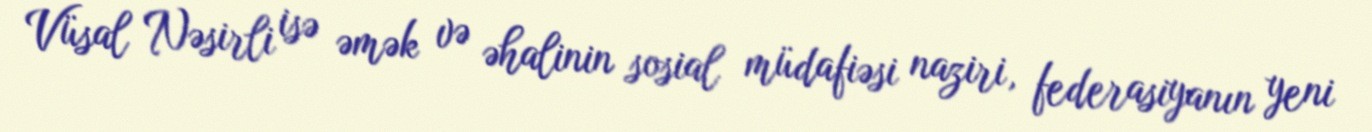
Vüsal Nəsirli isə əmək və əhalinin sosial müdafiəsi naziri, federasiyanın yeni